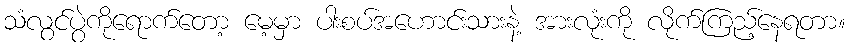
သံလွင်ပွဲကိုရောက်တော့ မေ့မှာ ပါးစပ်အဟောင်းသားနဲ့ အားလုံးကို လိုက်ကြည့်နေရတာ။